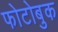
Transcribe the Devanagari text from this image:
फोटोबुक